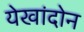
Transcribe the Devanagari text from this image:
येखांदोन